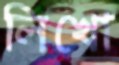
লিখো